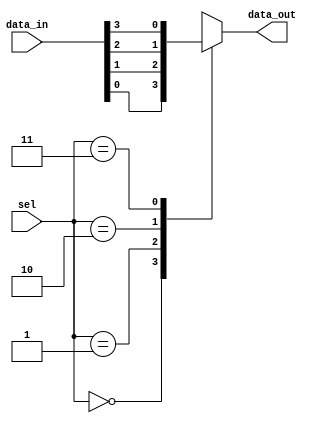
module demux_4x1 (
  input [3:0] data_in,
  input [1:0] sel,
  output reg data_out
);

always @(*)
  case (sel)
    2'b00: data_out = data_in[0];
    2'b01: data_out = data_in[1];
    2'b10: data_out = data_in[2];
    2'b11: data_out = data_in[3];
    default: data_out = 1'b0; // Default case, optional
  endcase
  endmodule